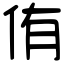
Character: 侑